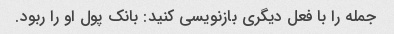
جمله را با فعل دیگری بازنویسی کنید: بانک پول او را ربود.